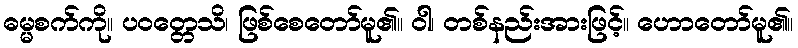
ဓမ္မစက်ကို။ ပဝတ္တေသိ၊ ဖြစ်စေတော်မူ၏။ ဝါ၊ တစ်နည်းအားဖြင့်။ ဟောတော်မူ၏။